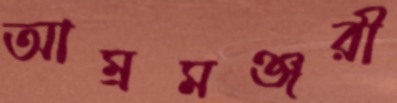
আম্রমঞ্জরী